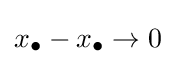
x_{\bullet }-x_{\bullet }\to 0